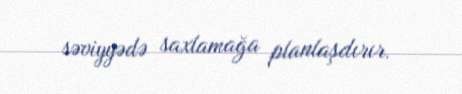
səviyyədə saxlamağa planlaşdırır.